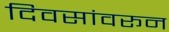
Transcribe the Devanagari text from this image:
दिवसांवरून